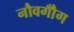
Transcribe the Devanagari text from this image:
नौवगौँग